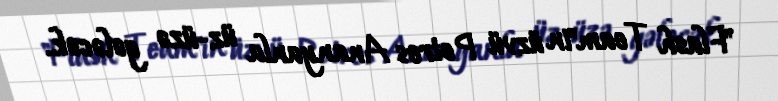
"Flash Team"in üzvü Petros Ananyanla üz-üzə gələcək.